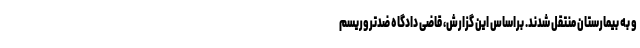
و به بیمارستان منتقل شدند. براساس این گزارش، قاضی دادگاه ضدتروریسم